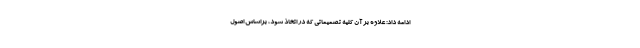
ادامه داد: علاوه بر آن کلیه تصمیماتی که در اتخاذ شود، براساس اصول